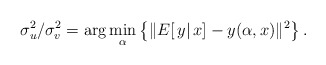
\begin{align*}\sigma_u^2/\sigma_v^2=\arg\min_{\alpha}\left\{\|E[\, y|\,x]-y(\alpha,x)\|^2\right\}.\end{align*}